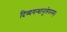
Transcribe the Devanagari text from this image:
दिव्यगन्धानुलेपनम्‌।